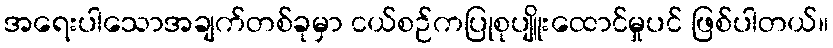
အရေးပါသောအချက်တစ်ခုမှာ ငယ်စဉ်ကပြုစုပျိူးထောင်မှုပင် ဖြစ်ပါတယ်။